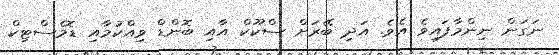
ނަގަން ނިންމާފައިވެ އެވެ. އަދި ބޭރަށް ސްކޫކް އާއި ބޮންޑް ވިއްކުމާއި ޑޮމެސްޓިކް